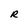
Character: R